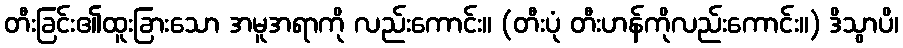
တီးခြင်း၏ထူးခြားသော အမူအရာကို လည်းကောင်း။ (တီးပုံ တီးဟန်ကိုလည်းကောင်း။) ဒိသွာပိ၊